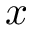
x